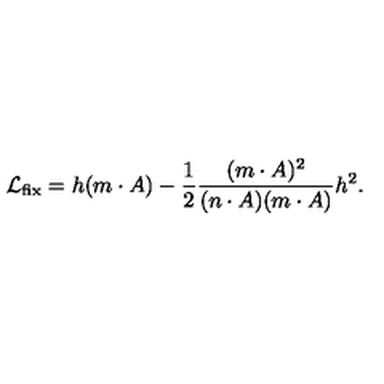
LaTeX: { \cal L } _ { \mathrm { \small { f i x } } } = h ( m \cdot A ) - \frac { 1 } { 2 } \frac { ( m \cdot A ) ^ { 2 } } { ( n \cdot A ) ( m \cdot A ) } h ^ { 2 } .